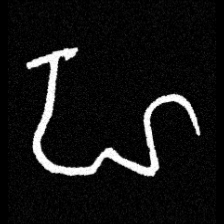
Pyu character \u2014 Myanmar letter: ဟ (romanized: ha)